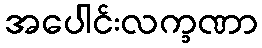
အပေါင်းလက္ခဏာ